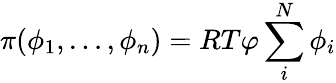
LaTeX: \pi(\phi_{1},\dots,\phi_{n})=RT\varphi\sum_{i}^{N}\phi_{i}